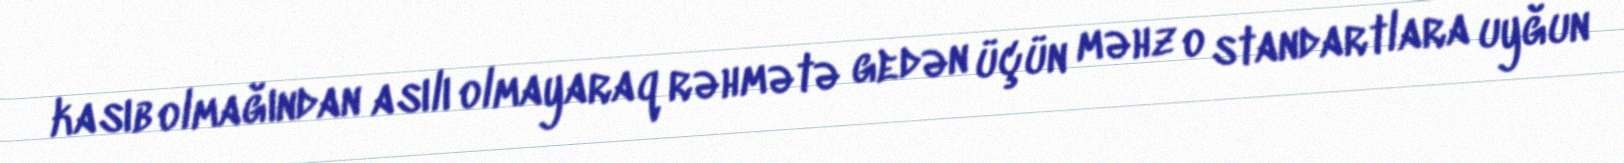
kasıb olmağından asılı olmayaraq rəhmətə gedən üçün məhz o standartlara uyğun